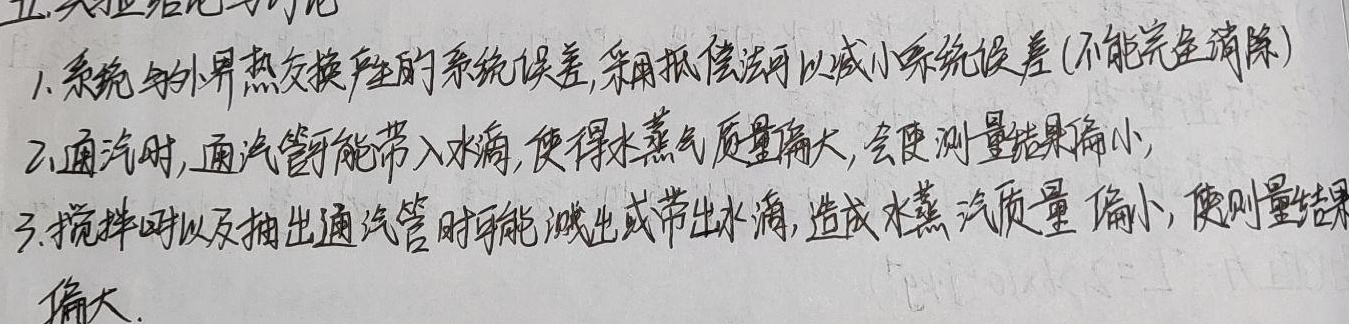
1. 系统与外界热交换产生的系统误差，采用抵偿法可以减小系统误差(不能完全消除)。
2. 通汽时，通汽管可能带入水滴，使得水蒸气质量偏大，会使测量结果偏小。
3. 搅拌时以及抽出通汽管时可能溅出或带出水滴，造成水蒸气质量偏小，使测量结果偏大。